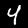
Digit: 4